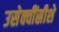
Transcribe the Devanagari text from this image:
उसेक्वींस्रीशे